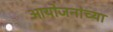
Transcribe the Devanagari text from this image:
आयोजनांच्‍या